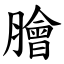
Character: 膾